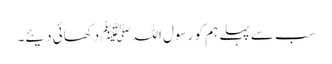
سب سے پہلے ہم کو رسول اللہﷺ دکھائی دیئے۔